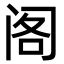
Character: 阁